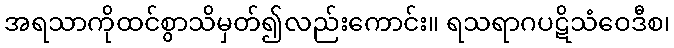
အရသာကိုထင်စွာသိမှတ်၍လည်းကောင်း။ ရသရာဂပဋိသံဝေဒီစ၊